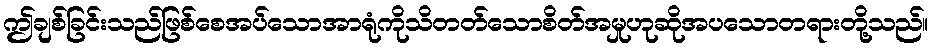
ဤချစ်ခြင်းသည်ဖြစ်စေအပ်သောအာရုံကိုသိတတ်သောစိတ်အမှုဟုဆိုအပသောတရားတို့သည်။